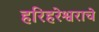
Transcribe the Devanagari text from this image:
हरिहरेश्वराचे